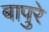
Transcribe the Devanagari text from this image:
बापुरे